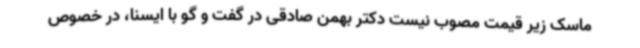
ماسک زیر قیمت مصوب نیست دکتر بهمن صادقی در گفت و گو با ایسنا، در خصوص